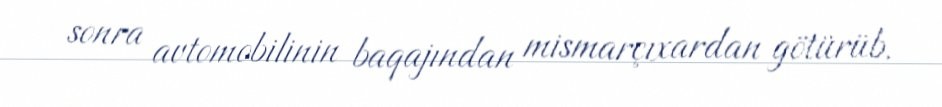
sonra avtomobilinin baqajından mismarçıxardan götürüb.